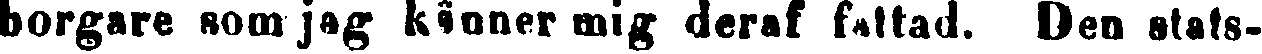
borgare som jag känner mig deraf fattad. Den stats-